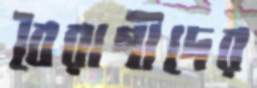
বৈরাগীদের